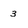
Character: 3